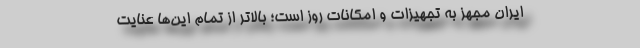
ایران مجهز به تجهیزات و امکانات روز است؛ بالاتر از تمام این‌ها عنایت